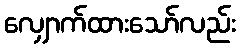
လျှောက်ထားသော်လည်း